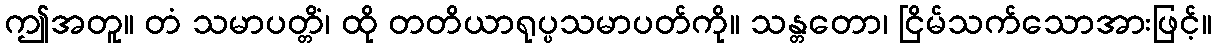
ဤအတူ။ တံ သမာပတ္တိံ၊ ထို တတိယာရုပ္ပသမာပတ်ကို။ သန္တတော၊ ငြိမ်သက်သောအားဖြင့်။